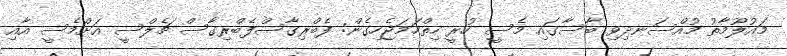
މައުލޫމާތު މުއްސަނދިވި ބާސާގައި މެސީ ހުރީ ހިތްހަމަޖެހިގެން: ފެބްރިގާސްފެބްރިގާސް ޗެލްސީ އަށްމެސީ އާއި